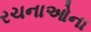
રચનાઓના